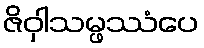
ဇိဝှါသမ္ဖဿံပေ